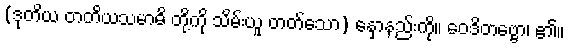
(ဒုတိယ တတိယသမာဓိ တို့ကို သိမ်းယူ တတ်သော) နှောနည်းကို။ ဝေဒိတဗ္ဗော၊ ၏။